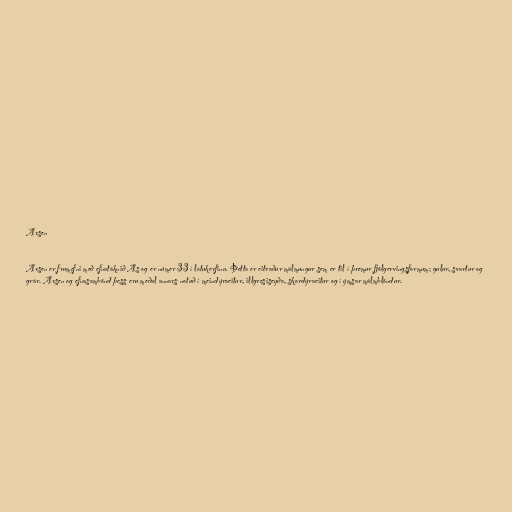
Arsen

Arsen er frumefni með efnatáknið As og er númer 33 í lotukerfinu. Þetta er eitraður málmungur sem er til í þremur fjölgervingsformum; gulur, svartur og
grár. Arsen og efnasambönd þess eru meðal annars notuð í meindýraeitur, illgresiseyða, skordýraeitur og í ýmsar málmblöndur.